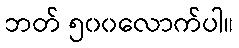
ဘတ် ၅၀၀လောက်ပါ။